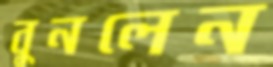
বুনলেন